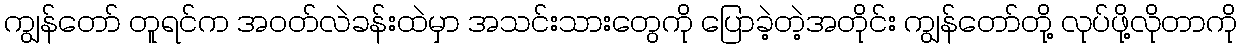
ကျွန်တော် တူရင်က အဝတ်လဲခန်းထဲမှာ အသင်းသားတွေကို ပြောခဲ့တဲ့အတိုင်း ကျွန်တော်တို့ လုပ်ဖို့လိုတာကို